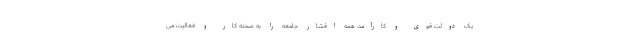
یک دولت قوی و کارآمد، همه اقشار جامعه را به صحنه کار و فعالیت می‌